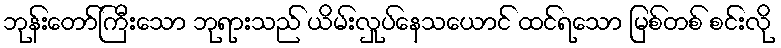
ဘုန်းတော်ကြီးသော ဘုရားသည် ယိမ်းလှုပ်နေသယောင် ထင်ရသော မြစ်တစ် စင်းလို